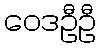
ဝေဒဦဦ